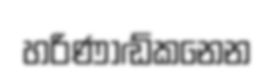
හරිණාඬ්කනෙන